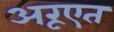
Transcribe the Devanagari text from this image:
अरूएत